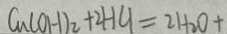
C u ( O H ) _ { 2 } + 2 H C _ { 1 } = 2 H _ { 2 } O +